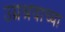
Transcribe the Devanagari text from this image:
उग्रश्रवाच्या